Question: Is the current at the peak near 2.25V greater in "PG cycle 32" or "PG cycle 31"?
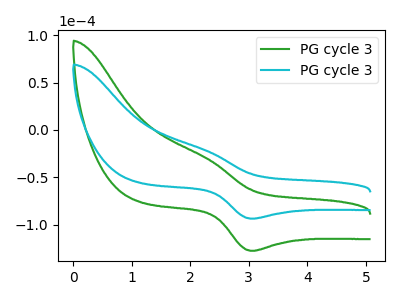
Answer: <think>The green curve "PG cycle 31" has an anodic peak at (2.25V, -29.05uA) and a cathodic peak at (3.05V, -127.60uA). The cyan curve "PG cycle 32" has an anodic peak at (2.25V, -21.35uA) and a cathodic peak at (3.05V, -93.60uA).</think>
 <answer>The peak at 2.25V is higher in "PG cycle 32" than in "PG cycle 31".</answer>
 <eval>higher</eval>